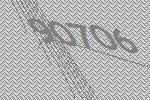
90706